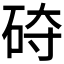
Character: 𰦵